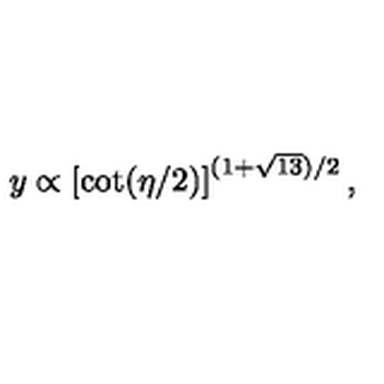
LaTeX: y \propto \left[ \cot ( \eta / 2 ) \right] ^ { ( 1 + \sqrt { 1 3 } ) / 2 } ,